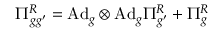
\Pi _ { g g ^ { \prime } } ^ { R } = \mathrm { A d } _ { g } \otimes \mathrm { A d } _ { g } \Pi _ { g ^ { \prime } } ^ { R } + \Pi _ { g } ^ { R }